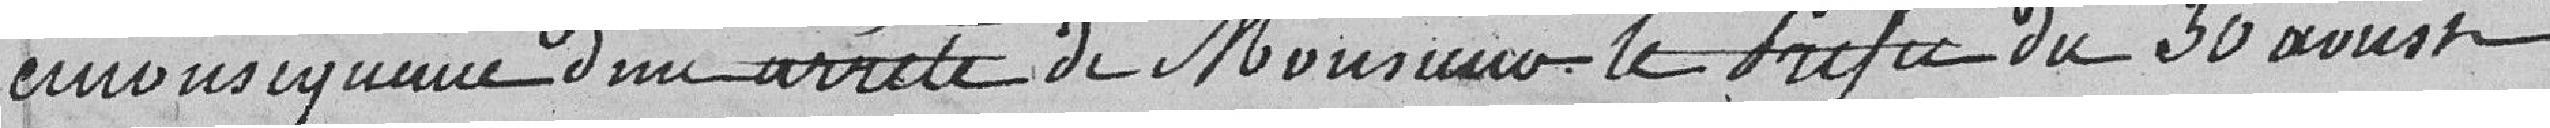
conséquence d'un arrêté de Monsieur le Préfet du 30 août